Problem: 48 + 10 = ?
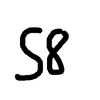
Handwritten answer: 58